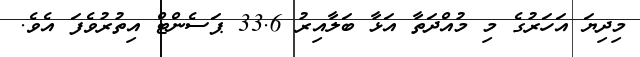
މިދިޔަ އަހަރުގެ މި މުއްދަތާ އަޅާ ބަލާއިރު 33.6 ޕަސެންޓް އިތުރުވެފަ އެވެ.